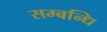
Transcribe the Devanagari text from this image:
सम्‍बन्‍धि